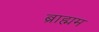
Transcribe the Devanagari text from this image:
ब्राह्मम